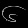
Digit: ၆